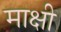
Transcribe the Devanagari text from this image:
माक्षी